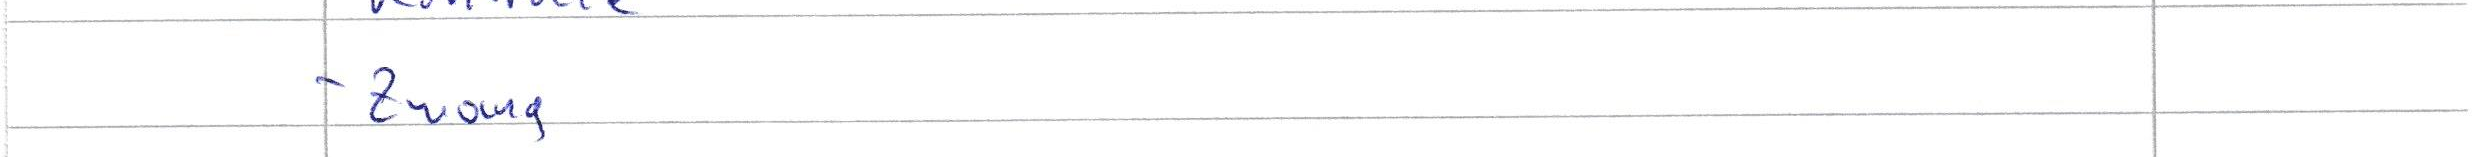
- Zwang